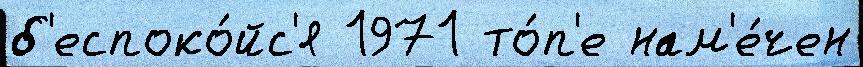
б'еспоко́йс'я 1971 то́п'е нам'е́чен